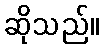
ဆိုသည်။